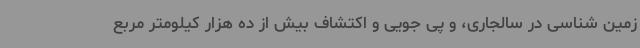
زمین شناسی در سالجاری، و پی جویی و اکتشاف بیش از ده هزار کیلومتر مربع